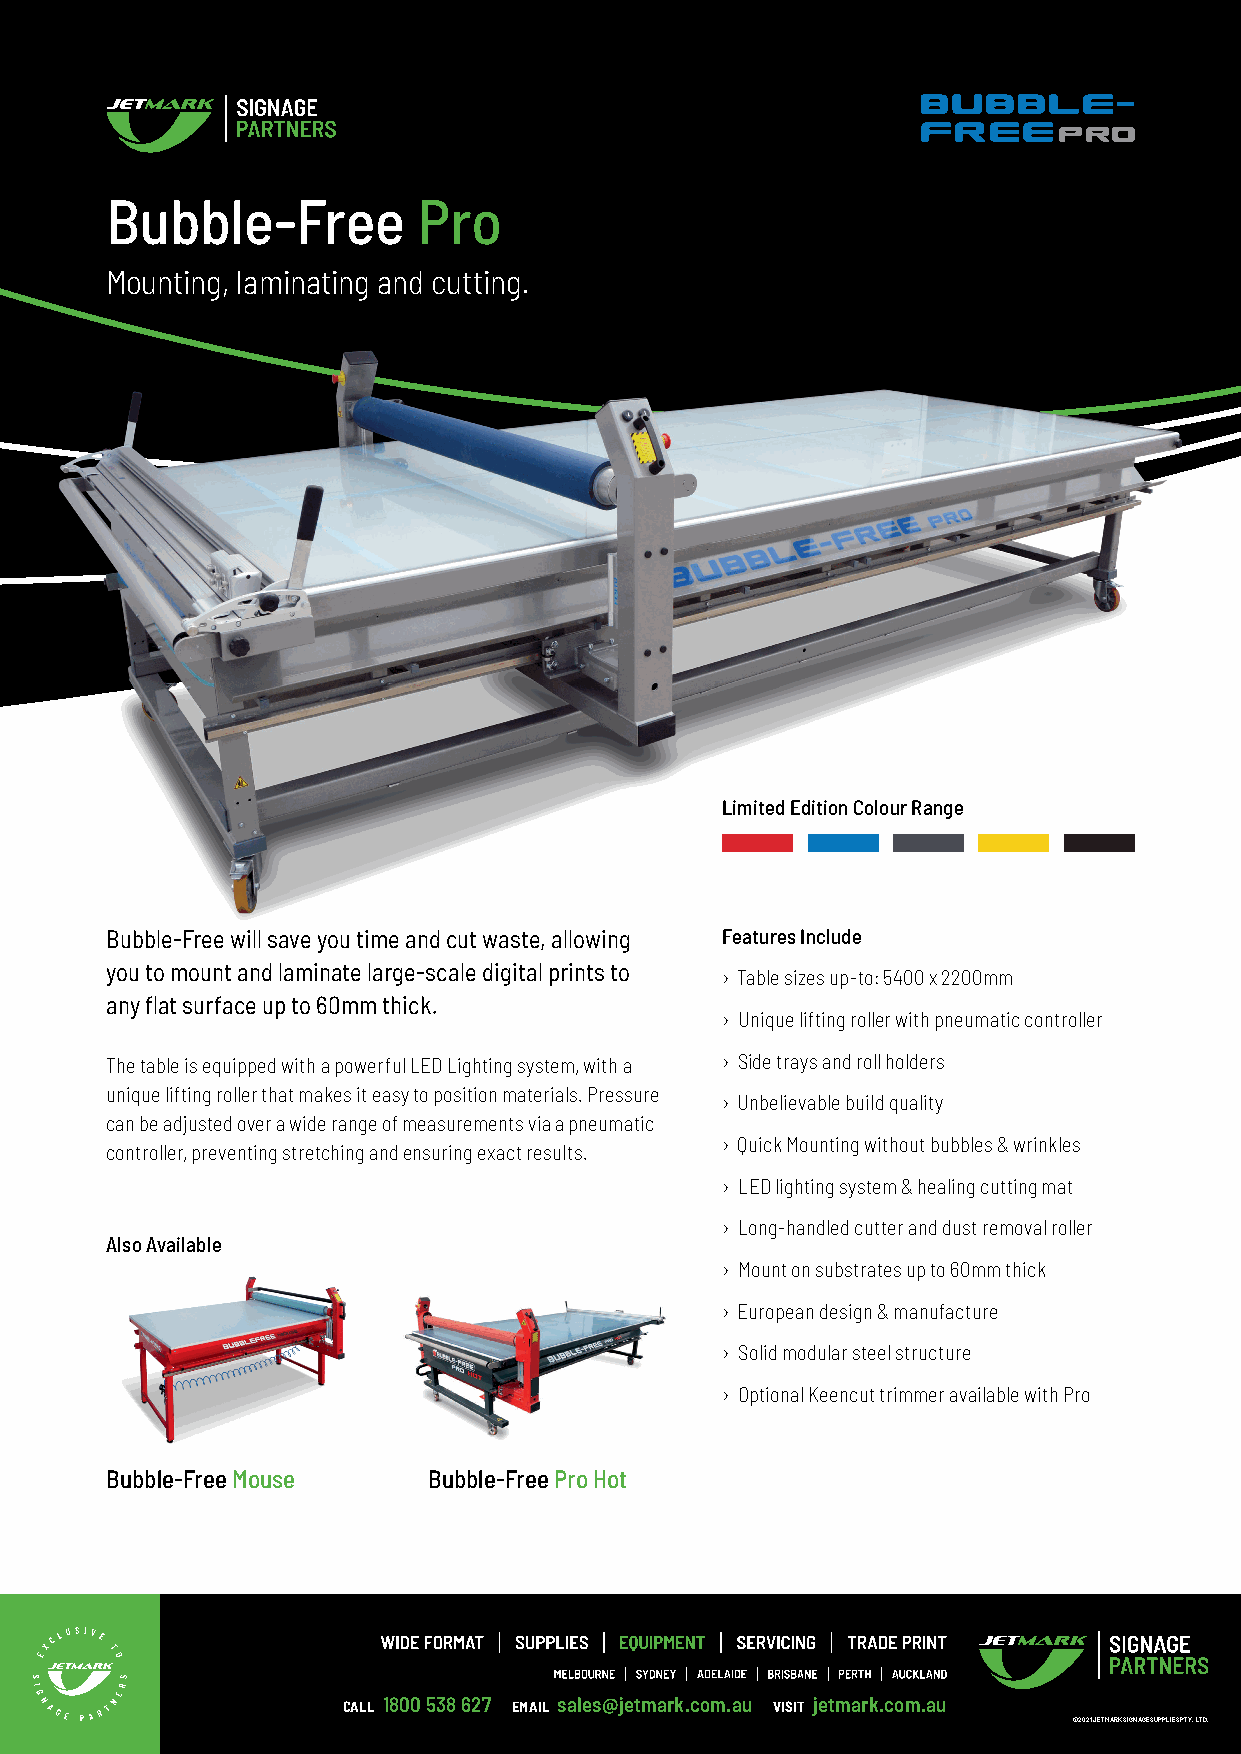
Bubble-Free          Pro
 Mounting, laminating and cutting.
 Limited Edition Colour Range
 Bubble-Free will save you time and cut waste, allowing Features Include
 you to mount and laminate large-scale digital prints to
 › Table sizes up-to: 5400 x 2200mm
 any flat surface up to 60mm thick.
 › Unique lifting roller with pneumatic controller
 The table is equipped with a powerful LED Lighting system, with a › Side trays and roll holders
 unique lifting roller that makes it easy to position materials. Pressure
 › Unbelievable build quality
 can be adjusted over a wide range of measurements via a pneumatic
 › Quick Mounting without bubbles & wrinkles
 controller, preventing stretching and ensuring exact results.
 › LED lighting system & healing cutting mat
 › Long-handled cutter and dust removal roller
 Also Available
 › Mount on substrates up to 60mm thick
 › European design & manufacture
 › Solid modular steel structure
 › Optional Keencut trimmer available with Pro
 Bubble-Free Mouse    Bubble-Free Pro Hot
 CALL 1800 538 627 EMAIL sales@jetmark.com.au VISIT jetmark.com.au
 © 2021 JETMARK SIGNAGE SUPPLIES PTY. LTD.